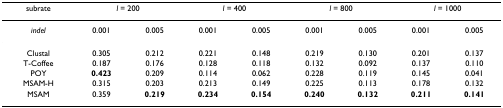
<table><thead><tr><td><b>subrate</b></td><td colspan="2"><b><i>l </i>= 200</b></td><td colspan="2"><b><i>l </i>= 400</b></td><td colspan="2"><b><i>l </i>= 800</b></td><td colspan="2"><b><i>l </i>= 1000</b></td></tr></thead><tbody><tr><td><i>indel</i></td><td>0.001</td><td>0.005</td><td>0.001</td><td>0.005</td><td>0.001</td><td>0.005</td><td>0.001</td><td>0.005</td></tr><tr><td>Clustal</td><td>0.305</td><td>0.212</td><td>0.221</td><td>0.148</td><td>0.219</td><td>0.130</td><td>0.201</td><td>0.137</td></tr><tr><td>T-Coffee</td><td>0.187</td><td>0.176</td><td>0.128</td><td>0.118</td><td>0.132</td><td>0.092</td><td>0.137</td><td>0.110</td></tr><tr><td>POY</td><td><b>0.423</b></td><td>0.209</td><td>0.114</td><td>0.062</td><td>0.228</td><td>0.119</td><td>0.145</td><td>0.041</td></tr><tr><td>MSAM-H</td><td>0.315</td><td>0.203</td><td>0.213</td><td>0.149</td><td>0.225</td><td>0.113</td><td>0.178</td><td>0.132</td></tr><tr><td>MSAM</td><td>0.359</td><td><b>0.219</b></td><td><b>0.234</b></td><td><b>0.154</b></td><td><b>0.240</b></td><td><b>0.132</b></td><td><b>0.211</b></td><td><b>0.141</b></td></tr></tbody></table>